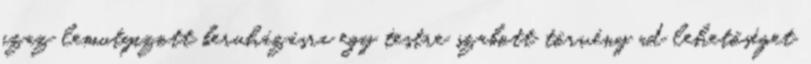
azaz lemutyizott beruházásra egy testre szabott törvény ad lehetőséget